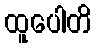
ထူပေါတိ